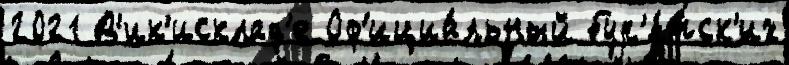
2021 В'ик'исклад'е Оф'ициа́льный бур'я́тск'их